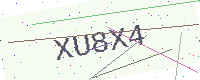
Text: XU8X4